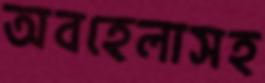
অবহেলাসহ